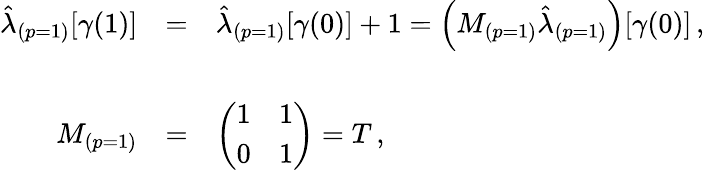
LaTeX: \begin{array}{rcl}{{\hat{\lambda}_{(p=1)}[\gamma(1)]}}&{{=}}&{{\hat{\lambda}_{(p=1)}[\gamma(0)]+1=\left(M_{(p=1)}\hat{\lambda}_{(p=1)}\right)[\gamma(0)]\, ,}}\\ {{}}&{{}}&{{}}\\ {{M_{(p=1)}}}&{{=}}&{{\left(\begin{array}{cc}{{1}}&{{1}}\\ {{0}}&{{1}}\end{array}\right)=T\, ,}}\end{array}